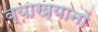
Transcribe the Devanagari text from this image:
व्‍याख्‍यानों